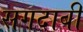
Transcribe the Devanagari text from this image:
सगदाबी